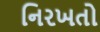
નિરખતો